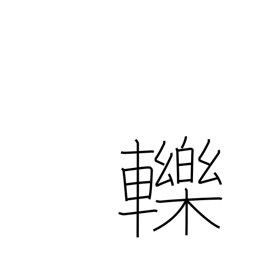
Meaning: run over